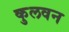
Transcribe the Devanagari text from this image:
कुलवन